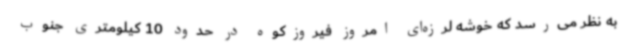
به نظر می‌رسد که خوشه لرزه‌ای امروز فیروزکوه در حدود 10 کیلومتری جنوب